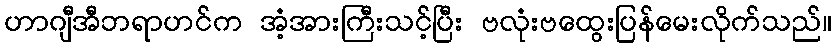
ဟာဂျီအီဘရာဟင်က အံ့အားကြီးသင့်ပြီး ဗလုံးဗထွေးပြန်မေးလိုက်သည်။